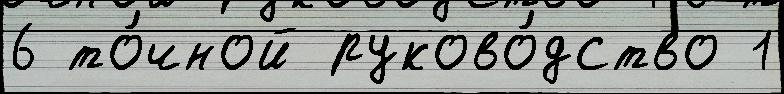
6 то́чной руково́дство 1